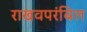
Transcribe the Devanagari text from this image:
राखवपरंबिल